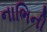
નાભિની